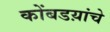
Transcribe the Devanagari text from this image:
कोंबडय़ांचे